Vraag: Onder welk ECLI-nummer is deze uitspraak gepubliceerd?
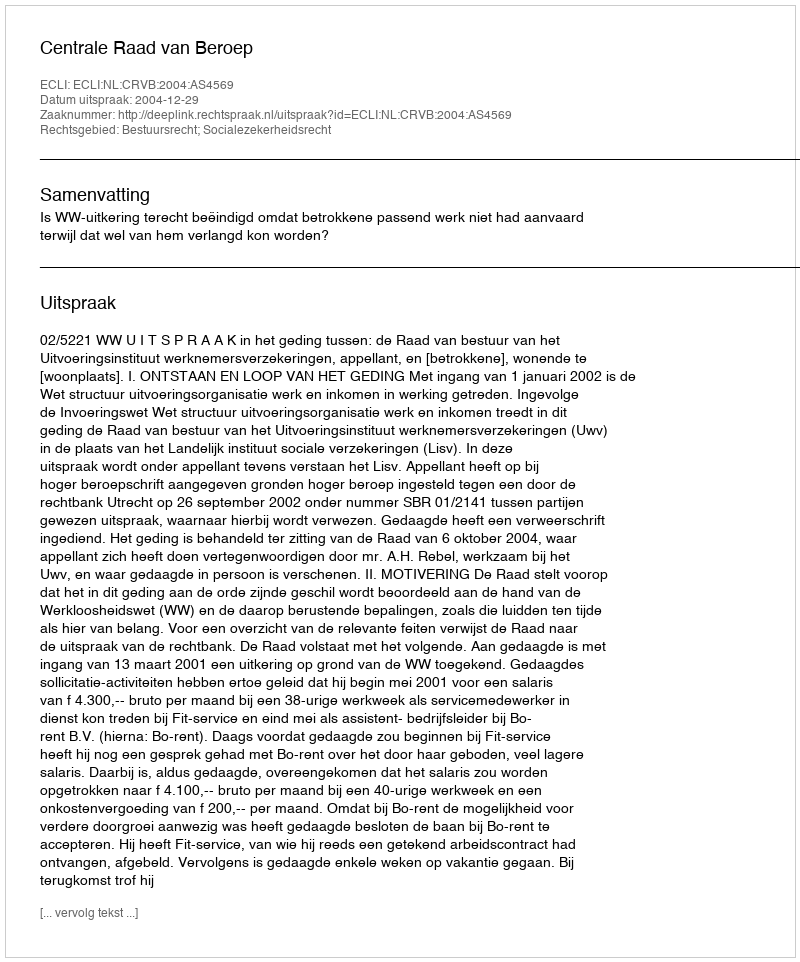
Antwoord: ECLI:NL:CRVB:2004:AS4569